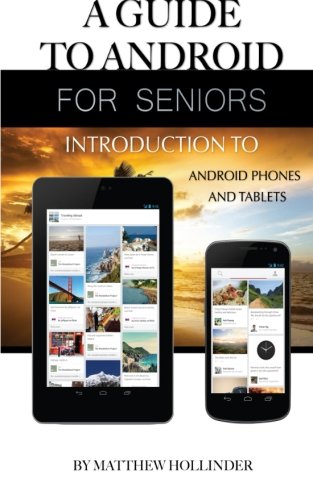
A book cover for A Guide to Android for Seniors: Introduction to Android Phones and Tablets; Matthew Hollinder; Computers & Technology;